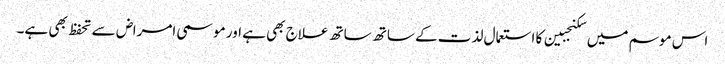
اس موسم میں سکنجبین کا استعمال لذت کے ساتھ ساتھ علاج بھی ہے اور موسمی امراض سے تحفظ بھی ہے۔